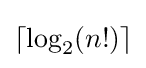
\left\lceil \log _{2}(n!)\right\rceil